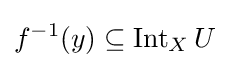
f^{-1}(y)\subseteq \operatorname {Int} _{X}U